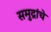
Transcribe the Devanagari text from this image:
समुद्रांचे